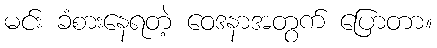
မင်း ခံစားနေရတဲ့ ဝေဒနာအတွက် ပြောတာ။